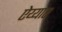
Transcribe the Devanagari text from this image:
ऐय्यार